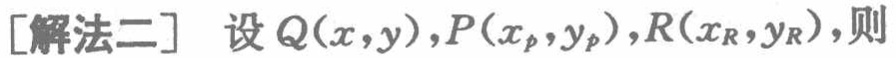
[解法二] 设 \(Q(x,y),P(x_p,y_p),R(x_R,y_R)\)，则